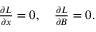
\begin{array} { r } { \frac { \partial { \cal L } } { \partial x } = 0 , \quad \frac { \partial { \cal L } } { \partial B } = 0 . } \end{array}